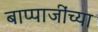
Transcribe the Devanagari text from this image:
बाप्पाजींच्या